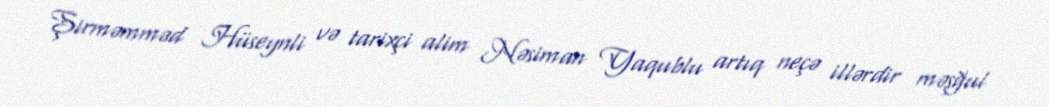
Şirməmməd Hüseynli və tarixçi alim Nəsiman Yaqublu artıq neçə illərdir məşğul